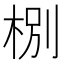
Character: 㭭